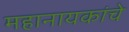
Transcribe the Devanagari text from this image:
महानायकांचे